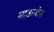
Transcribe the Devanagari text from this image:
माऊन्टेन